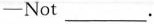
—Not___.